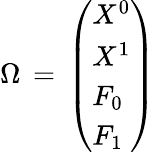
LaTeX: \Omega\, =\, \left(\begin{array}{l}{{X^{0}}}\\ {{X^{1}}}\\ {{F_{0}}}\\ {{F_{1}}}\end{array}\right)